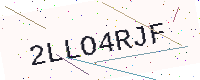
Text: 2LLO4RJF